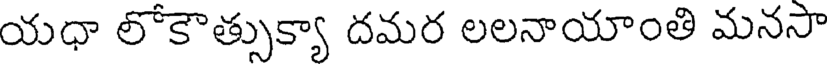
యధా లోకౌత్సుక్యా దమర లలనాయాంతి మనసా